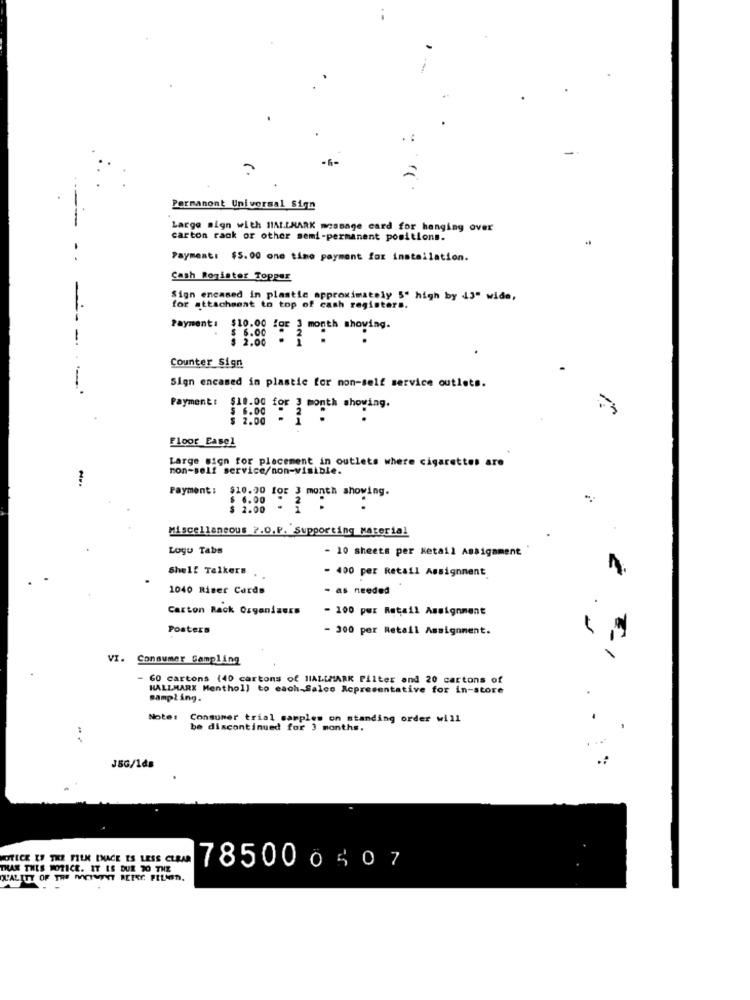
Permanont Universal Sign
Large sign with HALLMARK message card for hanging over
carton rack or other semi-permanent positions.
Payment: $5.00 one time payment for installation.
Cash Royister Topper
Sign encased in plastic approximately 5' high by 13" wide,
for attachment to top of cash register
-.
:
Payment: $10.00 for 3 m9
Counter Sign
Sign encased in plastic for non-self service outlets.
Payment: $11.00 for 3 month showing.
Floor Easel
Large sich for placement in outlets where cigarettes
non-self service/non-visible.
are
Payment :
$10.00 for 3 month showing.
$ 6.00
2.00
Miscellaneous 2.0.P. Supporting Material
Logu Tabs
- 10 sheets per Retail Assignment
Shelf Talkers
- 400 per Retail Assignment
n.
1040 Riser Cards
- as needed
Carton Rack OrgandasEs
- 100 pwr Retail Assignment
Posters
- 300 per Retail Assignment.
VI. Consumer Sampling
- 60 cartons (40 cartons of HALLMARK Filter and 20 cartons of
HALLMARK Menthol] to each-Salco Representative for in-store
sampling.
Notes
Consumer trial samples on standing order will
be discontinued for 3 months.
JSG/1ds
NOTICE EF THE FILM ENACE ES LESS CLEAR
THAN THIS NOTICE. IT IS DUE TO THE
785000507
CH'ALITY OF THE MOMENT REISE PILIDI.